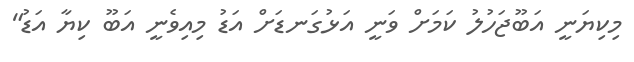
މިކިޔަނީ އަބޫޖަހުލު ކަމަށް ވަނީ އަޅުގަނޑަށް އަޑު މިއިވެނީ އަބޫ ކިޔާ އަޑު"